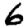
Digit: 6